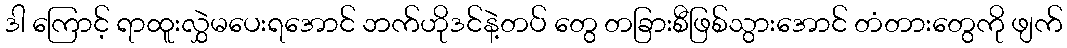
ဒါ ကြောင့် ရာထူးလွှဲမပေးရအောင် ဘက်ဟိုဒင်နဲ့တပ် တွေ တခြားစီဖြစ်သွားအောင် တံတားတွေကို ဖျက်